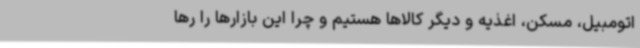
اتومبیل، مسکن، اغذیه و دیگر کالاها هستیم و چرا این بازارها را رها